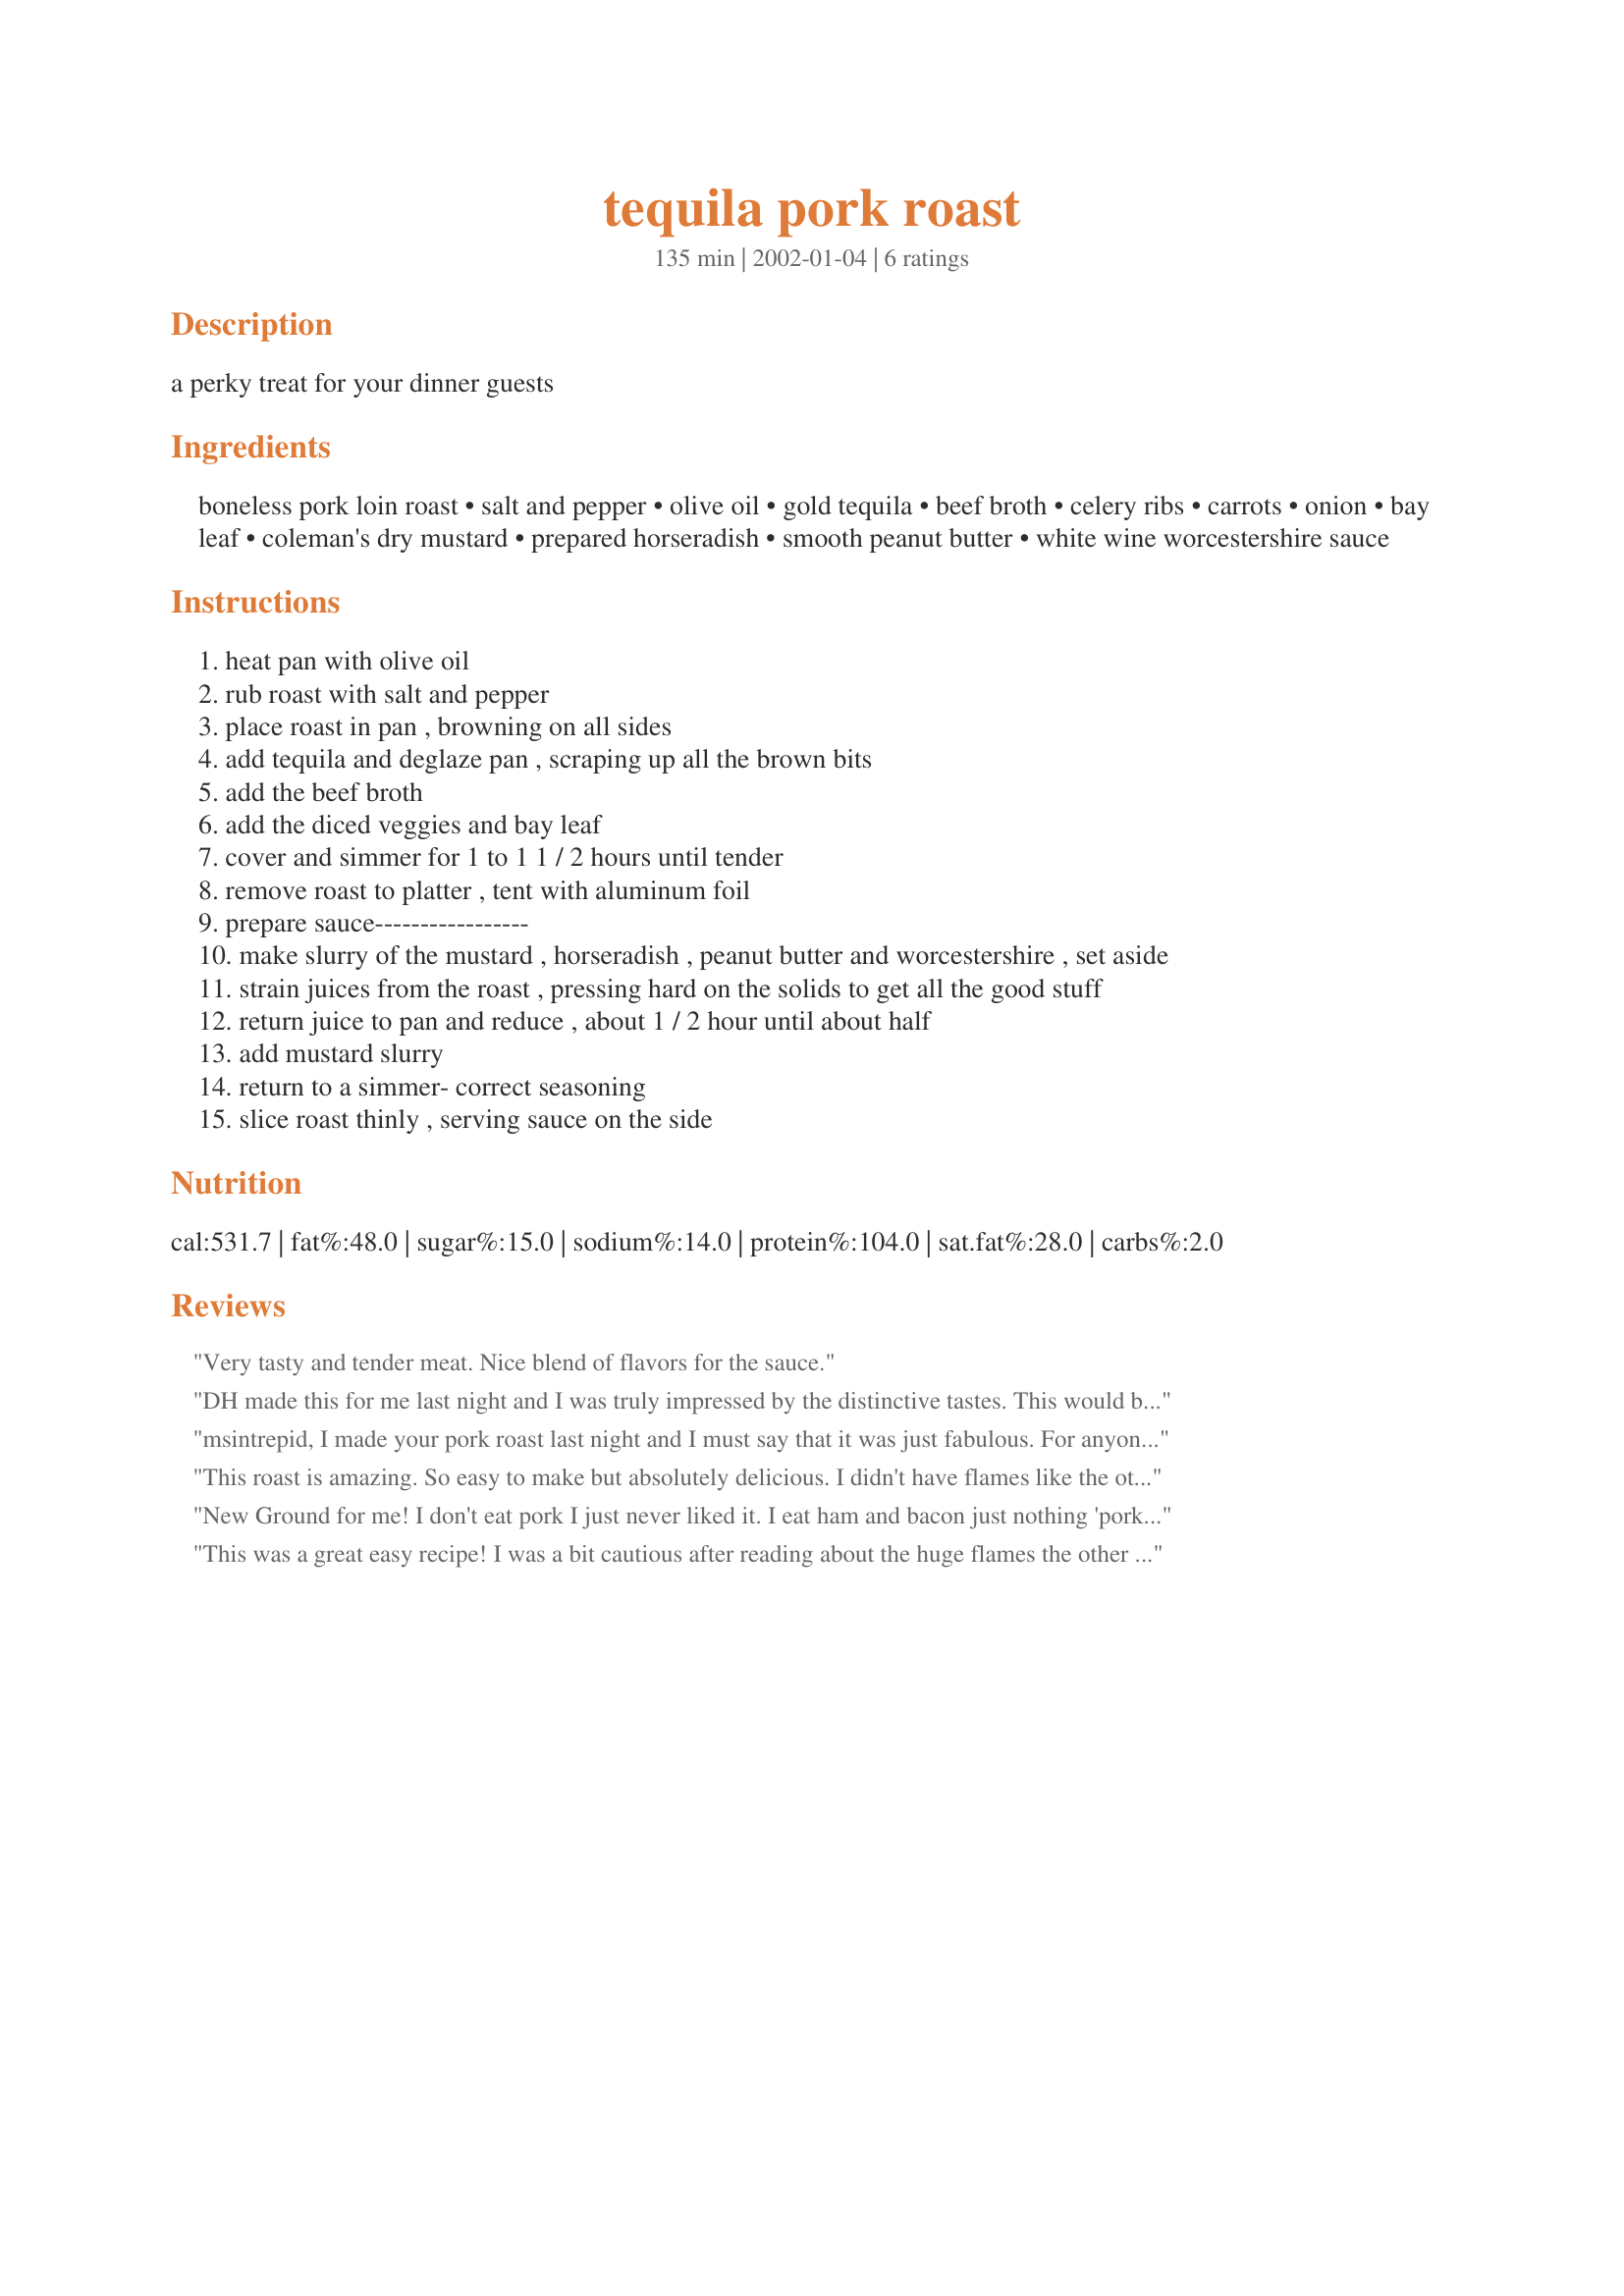
tequila pork roast
Preparation time: 135 minutes

a perky treat for your dinner guests

Ingredients:
boneless pork loin roast, salt and pepper, olive oil, gold tequila, beef broth, celery ribs, carrots, onion, bay leaf, coleman's dry mustard, prepared horseradish, smooth peanut butter, white wine worcestershire sauce

Steps:
heat pan with olive oil
rub roast with salt and pepper
place roast in pan , browning on all sides
add tequila and deglaze pan , scraping up all the brown bits
add the beef broth
add the diced veggies and bay leaf
cover and simmer for 1 to 1 1 / 2 hours until tender
remove roast to platter , tent with aluminum foil
prepare sauce-----------------
make slurry of the mustard , horseradish , peanut butter and worcestershire , set aside
strain juices from the roast , pressing hard on the solids to get all the good stuff
return juice to pan and reduce , about 1 / 2 hour until about half
add mustard slurry
return to a simmer- correct seasoning
slice roast thinly , serving sauce on the side

Reviews:
Very tasty and tender meat. Nice blend of flavors for the sauce.
DH made this for me last night and I was truly impressed by the distinctive tastes. This would be a great recipe for guests as well! Thanks msintrepid :)
msintrepid, I made your pork roast last night and I must say that it was just fabulous. For anyone who hasn't tried this yet, this recipe is NOT something that some dimwit like me just threw together -- there is a LOT of thought and science within this elegant dish. Does it look too complicated to prepare? Yes. Is it difficult to make? Absolutely not! Just follow the instructions as they are given. It's all stovetop and the roast comes out plenty tender. Now, I will issue a WARNING to unsuspecting chefs: When you pour 2 cups of tequila into a hot pan, one of those two cups is chemically PURE ALCOHOL and quite flammable. Be ready for this! I anticipated big flames and all I had to do is to have a wet dish towel ready to smother the flames (three feet flames at one point!). When you DEGLAZE, add the tequila a little at a time! That way, when the fire starts, it won't burn long and these will be small (4-6 inch) flames. The big flames come when you pour in the bulk of the tequila. Also, deglaze from the side unless you want your hands "dehaired". If you think that the fire is too much at some point (alcohol fire is not nearly as hot as "normal" fires -- I let it burn for 10 seconds), just calmly lay the wet towel completely over the pan and it will go out. If you have an exhaust fan over your stove (I don't), have it on before you deglaze. The fire might re-ignite for a couple of minutes until the alcohol dissipates, but you can just repeat the towel thing easily. Now, enough of fire -- the flavor of this roast is incredible! Most pork loin roasts don't taste like much of anything -- too lean. That is not the case with this recipe. Lots of great flavor. Don't be put off by the peanut butter sauce either -- I'm not a peanut butter fan but the blend of it with the dry mustard is sheer perfection. If you want to impress the heck out of somebody, make this dish and they certainly will be! Thanks very much for posting your fine recipe, msintrepid -- you are a great chef!
This roast is amazing. So easy to make but absolutely delicious. I didn't have flames like the other reviewer - not sure what causes this. Definitely a recipe for company.
New Ground for me! I don't eat pork I just never liked it. I eat ham and bacon just nothing 'pork' (chops, roasts, etc) But when I found this recipe (being a tequila lover) I was intrigued...so giving my SO a coronary I asked for a pork roast to make for dinner today and showed this recipe. SO was leary of it until I said I would eat it...Just finished dinner...I ate my first pork roast in about 35 years! AND IT WAS AWESOME! I followed the recipe exactly, except I didnt have a roast that big so I scaled back a little on the ingredients. I had no problem withthe tequila (no fire at all) as I added it slowly to a very large pan. Served with 'smashed' potatos and lima beans. Sliced thin it was tender (fork cutable) and very juicy and although everyone was afraid of the mustard/peanut butter/ horseradish/worchester sauce slurry...everyone thought the taste was incredible the 'weird ingredients' combined to produce an incredible sauce! Although the pan juices alone were incredible the slurry made it fabulous I'm glad I took the chance! This is my ONLY pork roast recipe!
This was a great easy recipe! I was a bit cautious after reading about the huge flames the other reviewer mentioned.... but I didn't have any flames at all! That may be because I used a roasting pan on the stove and not a regular skillet. The pork was moist, tender and very flavourful. Will pass this one on to friends for sure!!!
